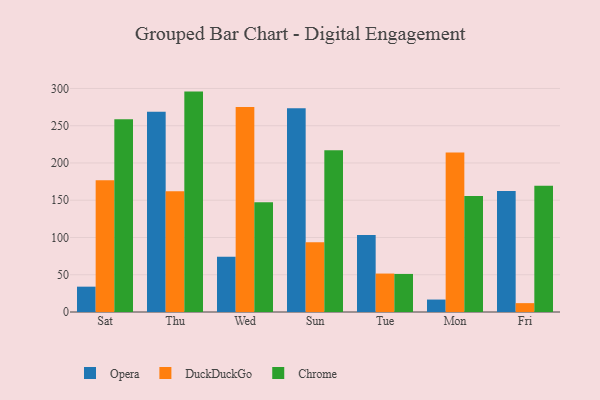
{"axis": {"x": "Day", "y": "Conversion Rate (%)"}, "legend": ["Chrome", "DuckDuckGo", "Opera"], "data": [{"x": "Sat", "y": 34.0, "type": "Opera"}, {"x": "Sat", "y": 176.8, "type": "DuckDuckGo"}, {"x": "Sat", "y": 258.7, "type": "Chrome"}, {"x": "Thu", "y": 268.6, "type": "Opera"}, {"x": "Thu", "y": 162.0, "type": "DuckDuckGo"}, {"x": "Thu", "y": 295.8, "type": "Chrome"}, {"x": "Wed", "y": 74.2, "type": "Opera"}, {"x": "Wed", "y": 275.0, "type": "DuckDuckGo"}, {"x": "Wed", "y": 147.3, "type": "Chrome"}, {"x": "Sun", "y": 273.4, "type": "Opera"}, {"x": "Sun", "y": 93.7, "type": "DuckDuckGo"}, {"x": "Sun", "y": 217.2, "type": "Chrome"}, {"x": "Tue", "y": 103.4, "type": "Opera"}, {"x": "Tue", "y": 51.6, "type": "DuckDuckGo"}, {"x": "Tue", "y": 51.1, "type": "Chrome"}, {"x": "Mon", "y": 16.7, "type": "Opera"}, {"x": "Mon", "y": 213.9, "type": "DuckDuckGo"}, {"x": "Mon", "y": 155.7, "type": "Chrome"}, {"x": "Fri", "y": 162.4, "type": "Opera"}, {"x": "Fri", "y": 11.9, "type": "DuckDuckGo"}, {"x": "Fri", "y": 169.6, "type": "Chrome"}]}